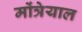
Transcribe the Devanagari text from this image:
मोंत्रेयाल